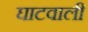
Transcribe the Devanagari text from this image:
घाटवाली